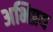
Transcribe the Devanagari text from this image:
अभिप्रय